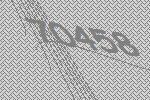
70458